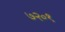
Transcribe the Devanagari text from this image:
७२०१